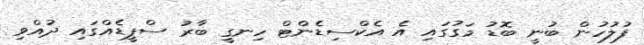
ފުލުހުން ބުނީ ބޮޑު މަގުގައި އެ އެކްސިޑެންޓް ހިނގީ ބާރު ސްޕީޑެއްގައި ދުއްވި